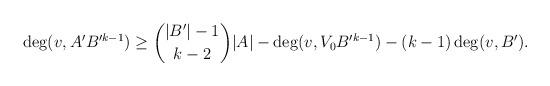
LaTeX: \begin{align*}\deg(v, A' B'^{k-1}) \ge \binom{|B'|-1}{k-2}|A| -\deg(v, V_0 B'^{k-1}) - (k-1) \deg(v, B').\end{align*}